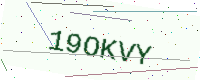
Text: 19OKVY